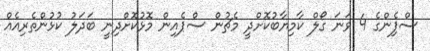
ސްޕެިންގެ 4 ވަނަ ގޯލް ކާމިޔާބުކޮށްދީ މެޗުން ސްޕެއިން މޮޅުކޮށްދިނީ ބަދަލު ކުޅުންތެރިއެއް